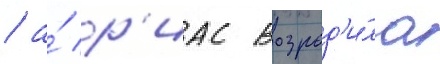
/ а́ р'иас возрод'и́ла